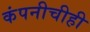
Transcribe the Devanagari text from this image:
कंपनीचीही